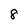
Character: 8